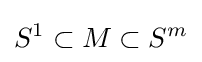
S^{1}\subset M\subset S^{m}